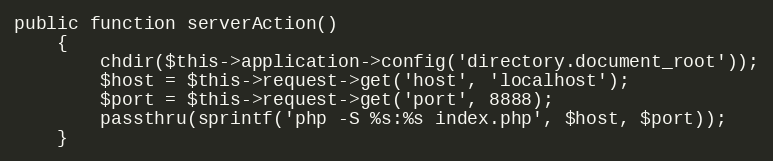
Language: PHP
public function serverAction()
    {
        chdir($this->application->config('directory.document_root'));
        $host = $this->request->get('host', 'localhost');
        $port = $this->request->get('port', 8888);
        passthru(sprintf('php -S %s:%s index.php', $host, $port));
    }